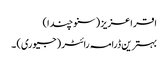
اقرا عزیز ( سنو چندا)
بہترین ڈرامہ رائٹر (جیوری) ۔